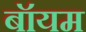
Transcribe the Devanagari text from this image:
बॉयम